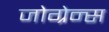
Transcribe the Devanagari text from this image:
जोग्रेन्स